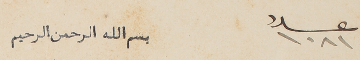
عدد ١٠٨١ 		بسمِ الله الرحمن الرحيم